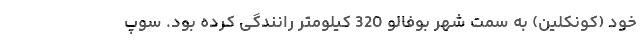
خود (کونکلین) به سمت شهر بوفالو 320 کیلومتر رانندگی کرده بود. سوپ